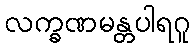
လက္ခဏမန္တပါရဂူ